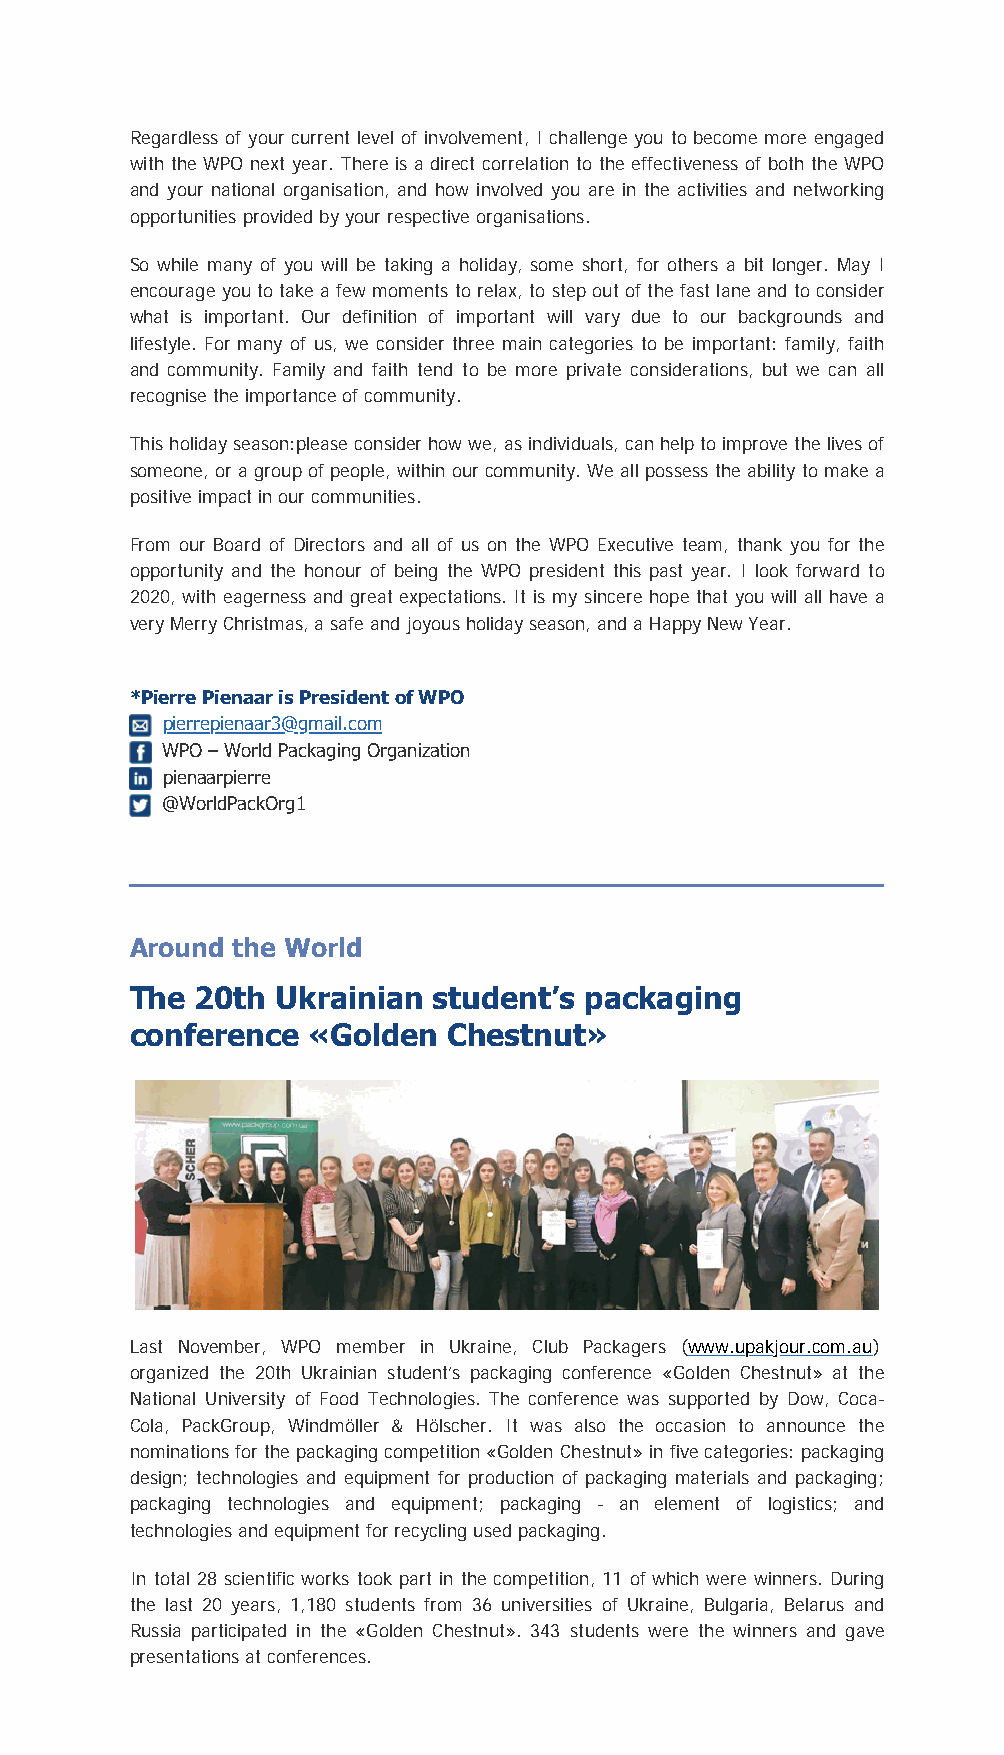
Regardless of your current level of involvement, I challenge you to become more engaged
 with the WPO next year. There is a direct correlation to the effectiveness of both the WPO
 and your national organisation, and how involved you are in the activities and networking
 opportunities provided by your respective organisations.
 So while many of you will be taking a holiday, some short, for others a bit longer. May I
 encourage you to take a few moments to relax, to step out of the fast lane and to consider
 what is important. Our definition of important will vary due to our backgrounds and
 lifestyle. For many of us, we consider three main categories to be important: family, faith
 and community. Family and faith tend to be more private considerations, but we can all
 recognise the importance of community.
 This holiday season:please consider how we, as individuals, can help to improve the lives of
 someone, or a group of people, within our community. We all possess the ability to make a
 positive impact in our communities.
 From our Board of Directors and all of us on the WPO Executive team, thank you for the
 opportunity and the honour of being the WPO president this past year. I look forward to
 2020, with eagerness and great expectations. It is my sincere hope that you will all have a
 very Merry Christmas, a safe and joyous holiday season, and a Happy New Year.
 *Pierre Pienaar is President of WPO
 pierrepienaar3@gmail.com
 WPO – World Packaging Organization
 pienaarpierre
 @WorldPackOrg1
 Around the World
 The  20th Ukrainian student’s packaging
 conference  «Golden  Chestnut»
 Last November, WPO member in Ukraine, Club Packagers (www.upakjour.com.au)
 organized the 20th Ukrainian student’s packaging conference «Golden Chestnut» at the
 National University of Food Technologies. The conference was supported by Dow, Coca-
 Cola, PackGroup, Windmöller & Hölscher. It was also the occasion to announce the
 nominations for the packaging competition «Golden Chestnut» in five categories: packaging
 design; technologies and equipment for production of packaging materials and packaging;
 packaging technologies and equipment; packaging - an element of logistics; and
 technologies and equipment for recycling used packaging.
 In total 28 scientific works took part in the competition, 11 of which were winners. During
 the last 20 years, 1,180 students from 36 universities of Ukraine, Bulgaria, Belarus and
 Russia participated in the «Golden Chestnut». 343 students were the winners and gave
 presentations at conferences.